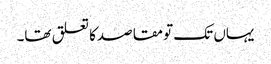
یہاں تک تو مقاصدکا تعلق تھا۔